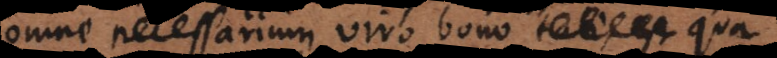
Omne necessarium viro bono est